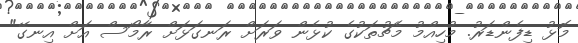
މޮޅު ޑިފެންޑަރު. މުހިއްމު މެޗުތަކުގެ ކުޅެން ވަރަށް ރަނގަޅަށް ރާމޯސް އަށް އިނގޭ"